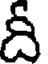
దీ